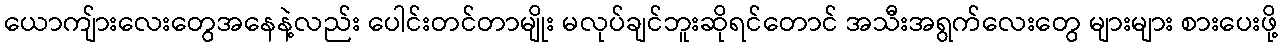
ယောကျ်ားလေးတွေအနေနဲ့လည်း ပေါင်းတင်တာမျိုး မလုပ်ချင်ဘူးဆိုရင်တောင် အသီးအရွက်လေးတွေ များများ စားပေးဖို့